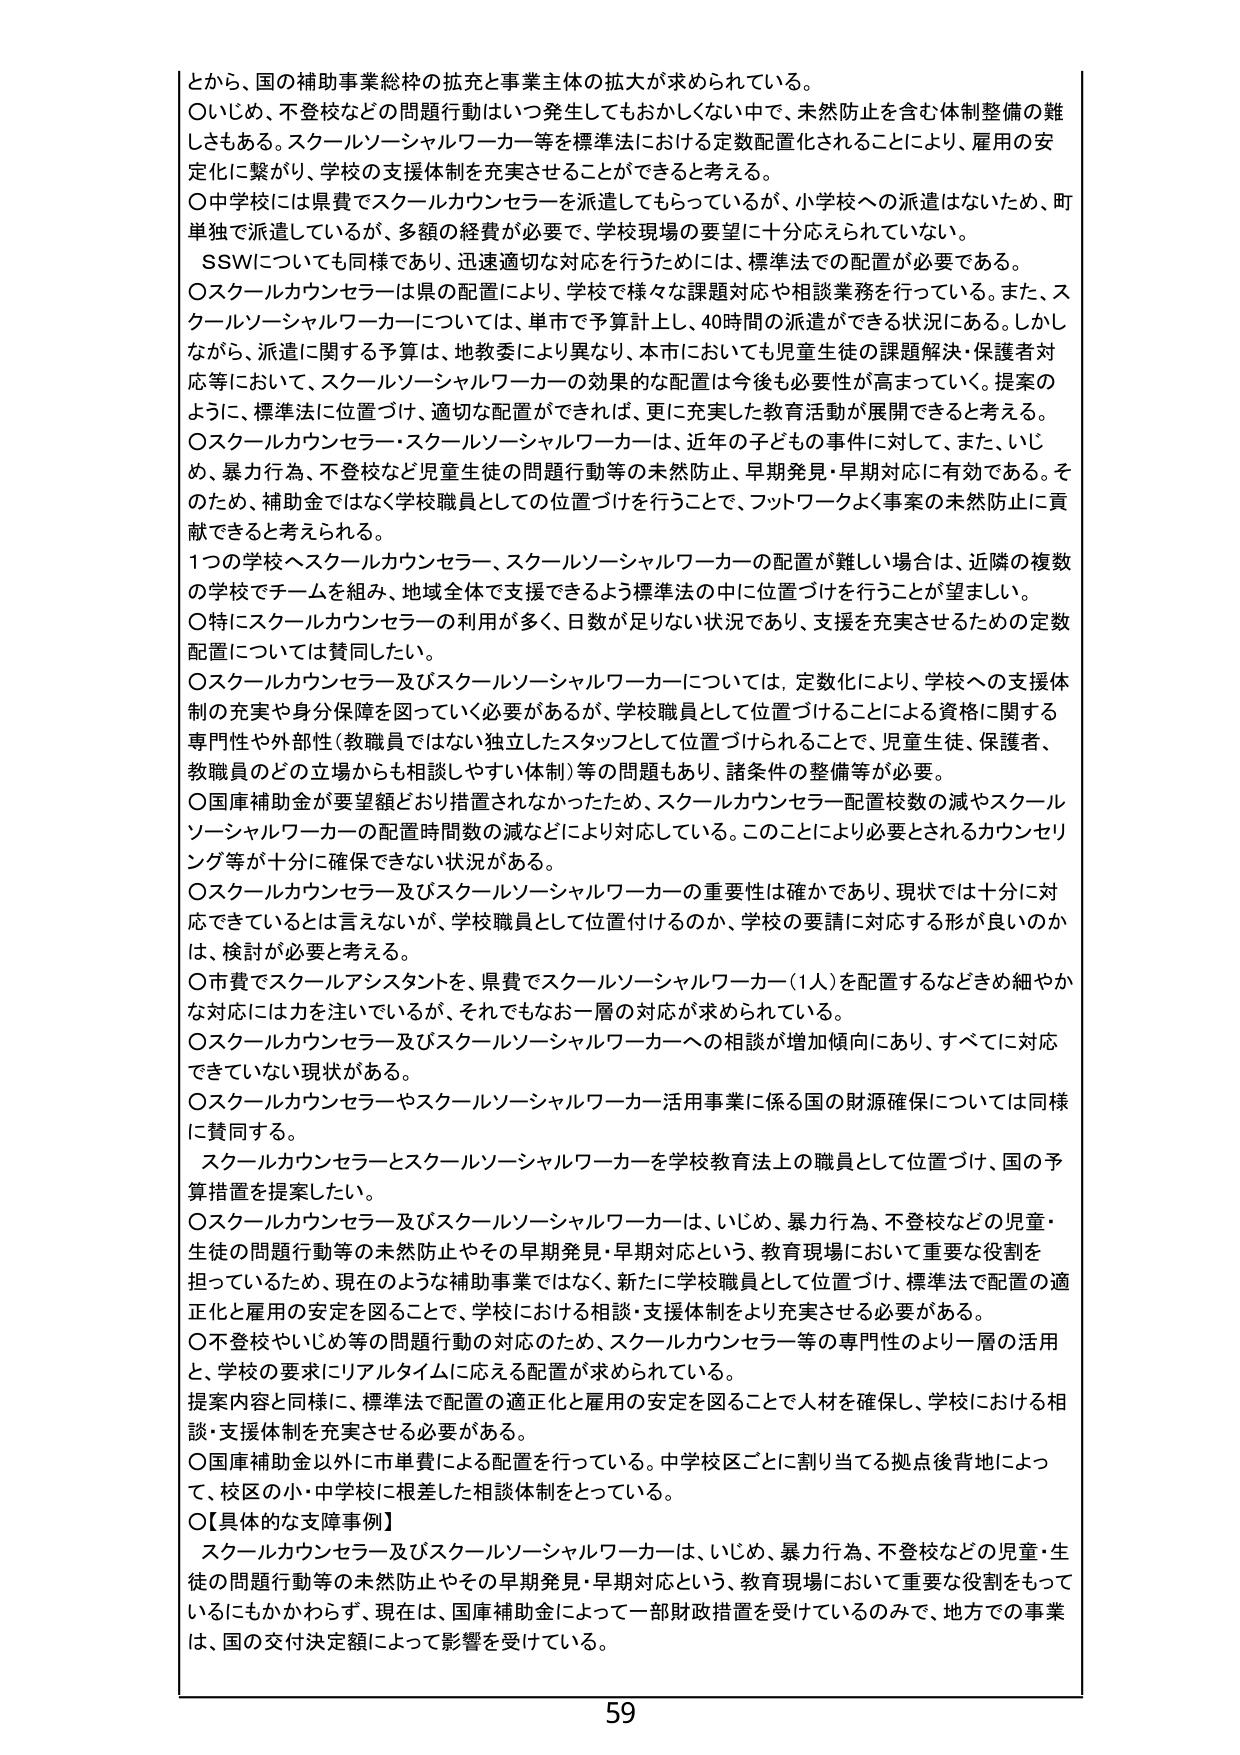
とから、国の補助事業総枠の拡大と事業主体の拡大が求められている。
○いじめ、不登校などの問題行動はいつ発生してもおかしくない中で、未然防止を含む体制整備の難しさもある。スクールソーシャルワーカー等を標準法における定数配置化されることにより、雇用の安定化に繋がり、学校の支援体制を充実させることができると考える。
○中学校には県費でスクールカウンセラーを派遣してもらっているが、小学校への派遣はないため、町単独で派遣しているが、多額の経費が必要で、学校現場の要望に十分応えられていない。
SSWについても同様であり、迅速適切な対応を行うためには、標準法での配置が必要である。
○スクールカウンセラーは県の配置により、学校で様々な課題対応や相談業務を行っている。また、スクールソーシャルワーカーについては、単市で予算計上し、40時間の派遣ができる状況にある。しかしながら、派遣に関する予算は、地域委により異なり、本市においても児童生徒の課題解決・保護者対応等において、スクールソーシャルワーカーの効果的な配置は今後も必要性が高まっている。提案のように、標準法に位置づけ、適切な配置ができれば、更に充実した教育活動が展開できると考える。
○スクールカウンセラー・スクールソーシャルワーカーは、近年の子どもとの事件に対して、また、いじめ、暴力行為、不登校など児童生徒の問題行動等の未然防止、早期発見・早期対応に有効である。そのため、補助金ではなく学校職員としての位置づけを行うことで、フットワークよく事案の未然防止に貢献できると考えられる。
1つの学校へスクールカウンセラー、スクールソーシャルワーカーの配置が難しい場合は、近隣の複数の学校でチームを組み、地域全体で支援できるよう標準法の中に位置づけを行うことが望ましい。
○特にスクールカウンセラーの利用が多く、日数が足りない状況であり、支援を充実させるための定数配置については賛同したい。
○スクールカウンセラー及びスクールソーシャルワーカーについては、定数化により、学校への支援体制の充実や身分保障を図っていく必要があるが、学校職員として位置づけることによる資格に関する専門性や外部性（教職員ではない独立したスタッフとして位置づけられることで、児童生徒、保護者、教職員のどの立場からも相談しやすい体制）等の問題もあり、諸条件の整備等が必要。
○国庫補助金が要望額どおり措置されなかったため、スクールカウンセラー配置校数の減やスクールソーシャルワーカーの配置時間数の減などにより対応している。このことにより必要とされるカウンセリング等が十分に確保できない状況がある。
○スクールカウンセラー及びスクールソーシャルワーカーの重要性は確かであり、現状では十分に対応できているとは言えないが、学校職員として位置付けるのか、学校の要請に対応する形が良いのかは、検討が必要と考える。
○市費でスクールアシスタントを、県費でスクールソーシャルワーカー（1人）を配置するなどきめ細やかな対応には力を注いでいるが、それでもなお一層の対応が求められている。
○スクールカウンセラー及びスクールソーシャルワーカーへの相談が増加傾向にあり、すべてに対応できていない現状がある。
○スクールカウンセラーやスクールソーシャルワーカー活用事業に係る国の財源確保については同様に賛同する。
スクールカウンセラーとスクールソーシャルワーカーを学校教育法上の職員として位置づけ、国の予算措置を提案したい。
○スクールカウンセラー及びスクールソーシャルワーカーは、いじめ、暴力行為、不登校などの児童・生徒の問題行動等の未然防止やその早期発見・早期対応という、教育現場において重要な役割を担っているため、現在のような補助事業ではなく、新たに学校職員として位置づけ、標準法で配置の適正化と雇用の安定を図ることで、学校における相談・支援体制をより充実させる必要がある。
○不登校やいじめ等の問題行動の対応のため、スクールカウンセラー等の専門性のより一層の活用と、学校の要求にリアルタイムに応える配置が求められている。
提案内容と同様に、標準法で配置の適正化と雇用の安定を図ることで人材を確保し、学校における相談・支援体制を充実させる必要がある。
○国庫補助金以外に市単費による配置を行っている。中学校区ごとに割り当てる拠点後背地によって、校区の小・中学校に根差した相談体制をとっている。
○【具体的な支援事例】
スクールカウンセラー及びスクールソーシャルワーカーは、いじめ、暴力行為、不登校などの児童・生徒の問題行動等の未然防止やその早期発見・早期対応という、教育現場において重要な役割をもっているにもかかわらず、現在は、国庫補助金によって一部財政措置を受けているのみで、地方での事業は、国の交付決定額によって影響を受けている。
59